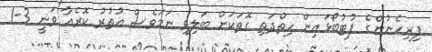
ފިރިހެނުންގެ ފުޓުބޯޅައިން ހިތްދަތި ގޮތަކަށް ބަލިވި ނަމަވެސް އުތުރު ކޮރެއާ ވަނީ 3-1